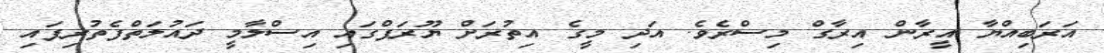
އަރަބިއްޔާ އީރާން އިރާގް މިސްރެވެ. އަދި މީގެ އިތުރަށް ޔޫރަޕްގައި އިސްލާމީ ދައުލަތްފެތުރިފައި